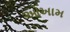
ઓખામ